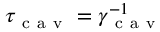
\tau _ { \mathrm { ~ c ~ a ~ v ~ } } = \gamma _ { \mathrm { ~ c ~ a ~ v ~ } } ^ { - 1 }